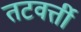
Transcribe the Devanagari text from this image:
तटवर्त्ती